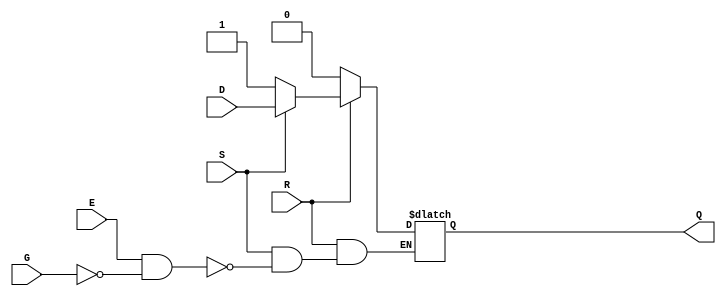
module latchnsre (
    output reg Q,
    input S,
    input R,
    input D,
    input G,
    input E
);
    parameter [0:0] INIT = 1'b0;
    initial Q = INIT;
    always @*
      begin
        if (!R) 
          Q <= 1'b0;
        else if (!S) 
          Q <= 1'b1;
        else if (E && !G) 
          Q <= D;
      end
endmodule